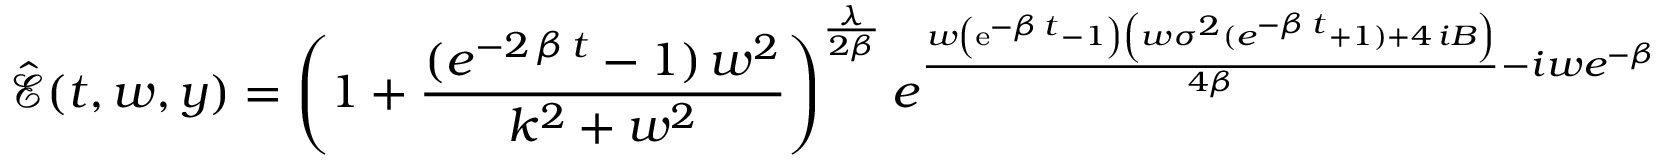
\hat { \mathcal E } ( t , w , y ) = \left( 1 + \frac { ( { e } ^ { - 2 \, \beta \, t } - 1 ) \, { w } ^ { 2 } } { { k } ^ { 2 } + { w } ^ { 2 } } \right) ^ { \frac { \lambda } { 2 \beta } } { { e } ^ { { \frac { w \left( { \mathrm { e } ^ { - \beta \, t } } - 1 \right) \left( w { \sigma } ^ { 2 } ( { { e } ^ { - \beta \, t } } + 1 ) + 4 \, i B \right) } { 4 \beta } } - i w e ^ { - \beta t } y } } .